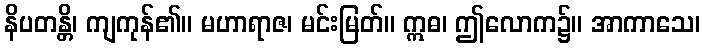
နိပတန္တိ၊ ကျကုန်၏။ မဟာရာဇ၊ မင်းမြတ်။ ဣဓ၊ ဤလောက၌။ အာကာသေ၊